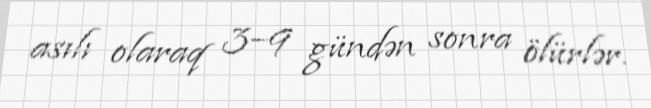
asılı olaraq 3–9 gündən sonra ölürlər.